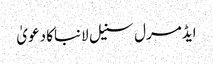
ایڈمرل سنیل لانباکا دعویٰ